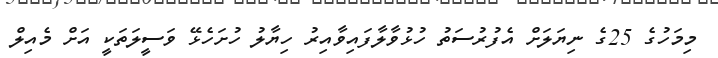
މިމަހުގެ 25ގެ ނިޔަލަށް އެފުރުސަތު ހުޅުވާލާފައިވާއިރު ހިޔާލު ހުށަހެޅޭ ވަސީލަތަކީ އަށް މެއިލް